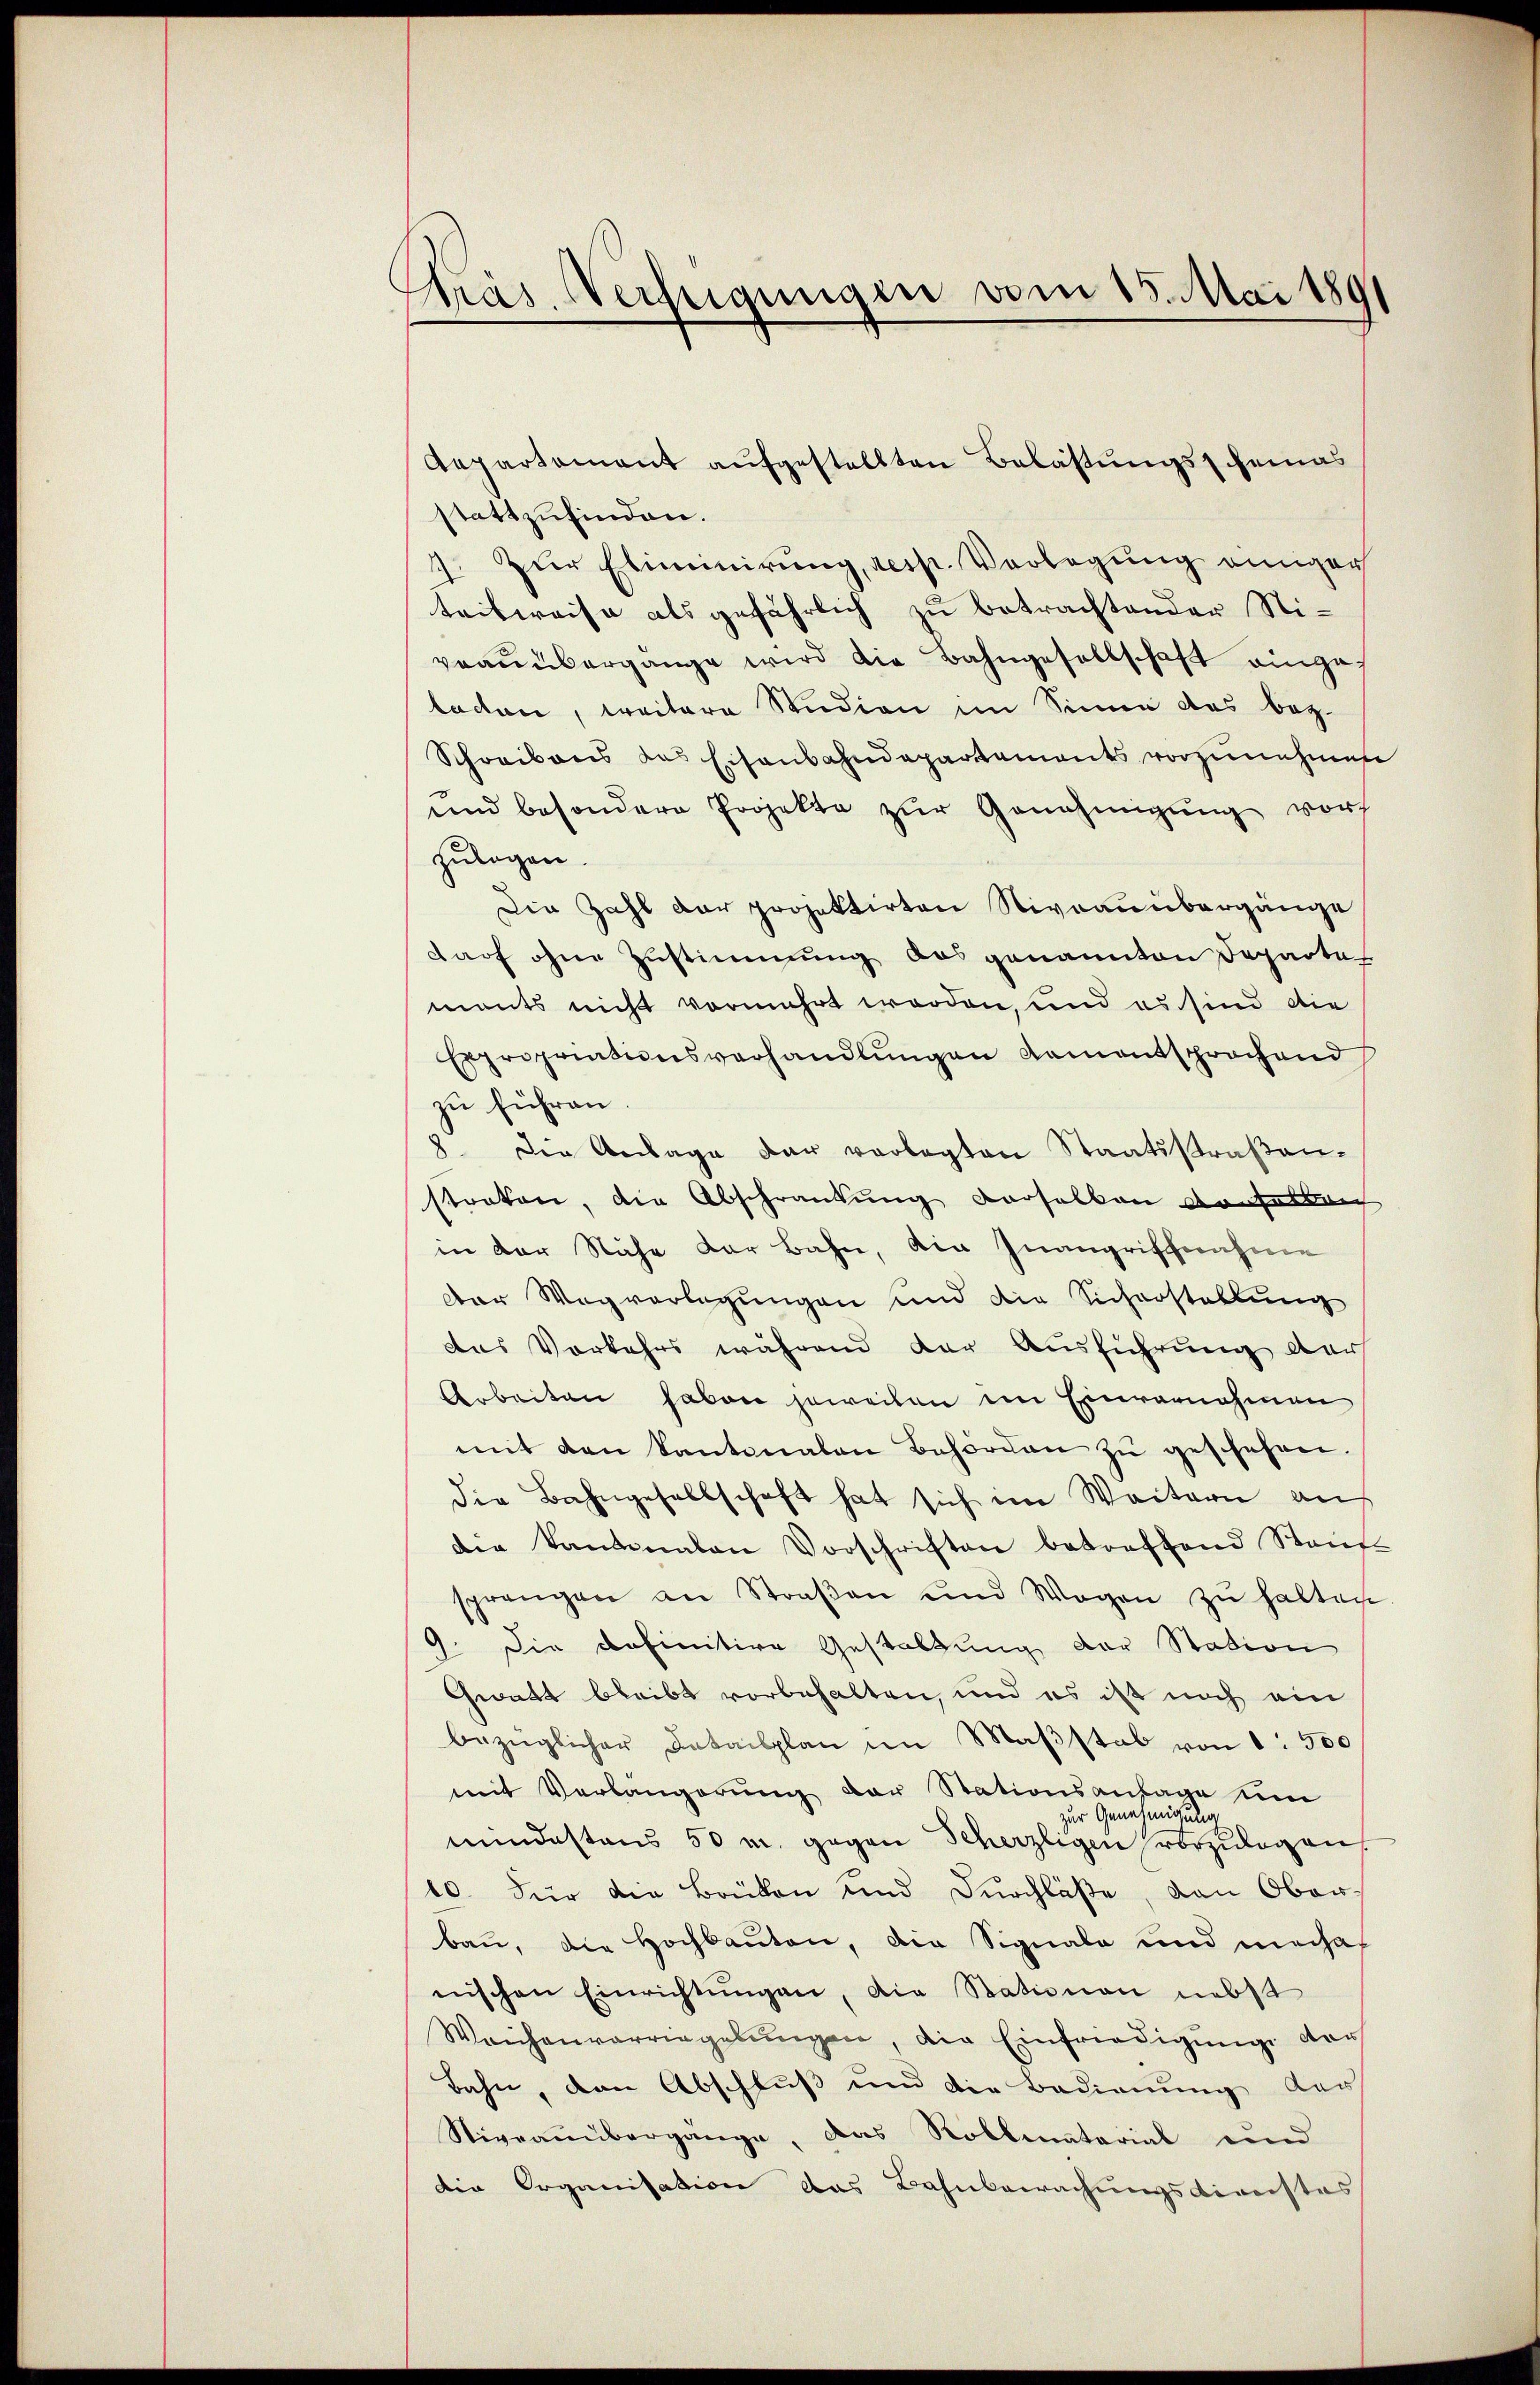
Pras Verfügungen vom 15. Mai 189

Aepartement aufgestellten Belastungsscheinas
stattzufinden.
7. Zur Eliminirung, resp. Verlegung einiger
teilweise als gefährlich zu betrachtender Stivrauübergange wird die Bahngesellschaft einges
baden, weitere Studion im Sinne das bez.
Schreibens das Eisenbahndepartements vorzunehmen
und besondere Projekte zŭr Genehmigŭng vor
zulegen.
Die Zahl der projektirten Niveau übergänge
darf ohne Zustimmung des genannten Departet
monts nicht vermehrt worden, und es sind die
Expropriationsverhandlungen kamentsprochend
zu führen.
8. Die Anlage der verlegten Staatsstraßen-
straten, die Abschränkung verselben vonselben
in der Nähe der Bahn, die Inangriffnahme
der Wegverlegungen und die Sicherstellung
das Vorkehrs während der Ausführung der
Arbeiten haben jeweilen im Einvernehmen
mit den Kantonalen Behörden zŭ geschehen.
die Bahngesellschaft hat sich im Weitern auf
die Kantonalen Vorschriften betreffend Stauf-
sprangen an Straβen und Wagen zŭ halten
9. Die definitive Gestaltung der Station
Gwatt bleibt vorbehalten, und es ist noch ein
bezüglicher Catailplan im Maβstab von 8: 500
mit Verlängerung der Stationsansage um
zur Genehmigung
mindestens 50 u. gegen Scherzligen vorzulegen.
10. Für die Brüken und Durchläse, von Oberbau, die Hochbauten, die Signale und mechanischen Einrichtŭngen, die Stationen nebst
Weichenvorriegelŭngen, die Einfriedigŭng vor
Bahn, den Abschluß und die Bedienung der
Niveauübergänge, das Roblematorial und
die Organisation das Bahnbewachungsdirenstes